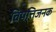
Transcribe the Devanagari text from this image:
विपत्तिजनक